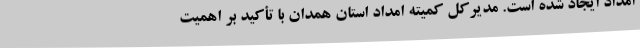
امداد ایجاد شده است. مدیرکل کمیته امداد استان همدان با تأکید بر اهمیت